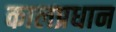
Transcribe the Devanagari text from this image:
कालप्रधान